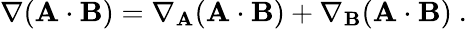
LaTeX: \nabla(\mathbf{A}\cdot\mathbf{B})=\nabla_{\mathbf{A}}(\mathbf{A}\cdot\mathbf{B})+\nabla_{\mathbf{B}}(\mathbf{A}\cdot\mathbf{B})\ .